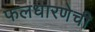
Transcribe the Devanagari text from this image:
फलधारणेची